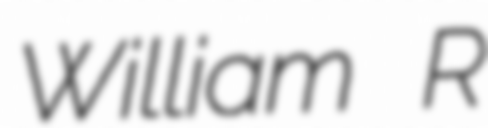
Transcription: William R